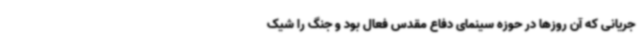
جریانی که آن روزها در حوزه سینمای دفاع مقدس فعال بود و جنگ را شیک